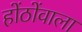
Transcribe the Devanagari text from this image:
होंठोंवाला